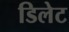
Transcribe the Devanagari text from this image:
डिलेट